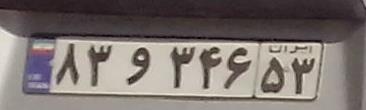
۸۳و۳۴۶۵۳